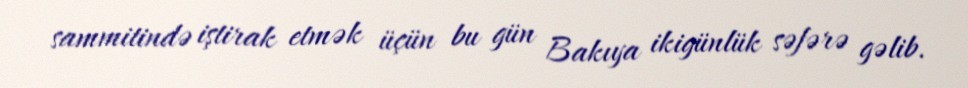
sammitində iştirak etmək üçün bu gün Bakıya ikigünlük səfərə gəlib.